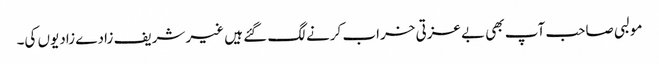
مولبی صاحب آپ بھی بے عزتی خراب کرنے لگ گئے ہیں غیر شریف زادے زادیوں کی۔